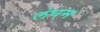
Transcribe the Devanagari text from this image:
लंघम